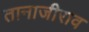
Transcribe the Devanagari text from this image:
तानाजीराव